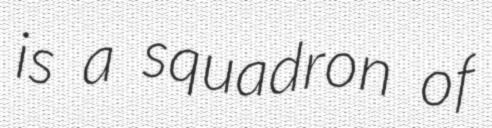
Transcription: is a squadron of